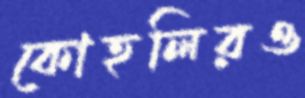
কোহলিরও